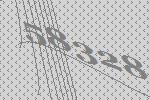
58328